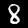
Digit: 8